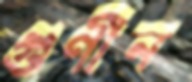
গুণীন